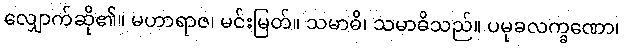
လျှောက်ဆို၏။ မဟာရာဇ၊ မင်းမြတ်။ သမာဓိ၊ သမာဓိသည်။ ပမုခလက္ခဏော၊